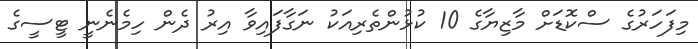
މިފަހަރުގެ ސްކޮޑަށް މާޒިޔާގެ 10 ކުޅުންތެރިއަކު ނަގާފައިވާ އިރު ދެން ހިމެނެނީ ޓީސީގެ